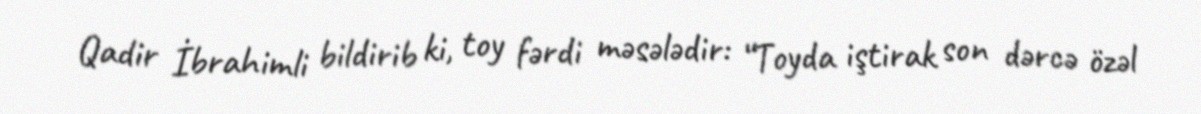
Qadir İbrahimli bildirib ki, toy fərdi məsələdir: “Toyda iştirak son dərcə özəl